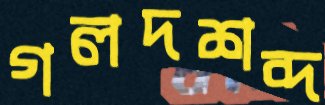
গলদশব্দ